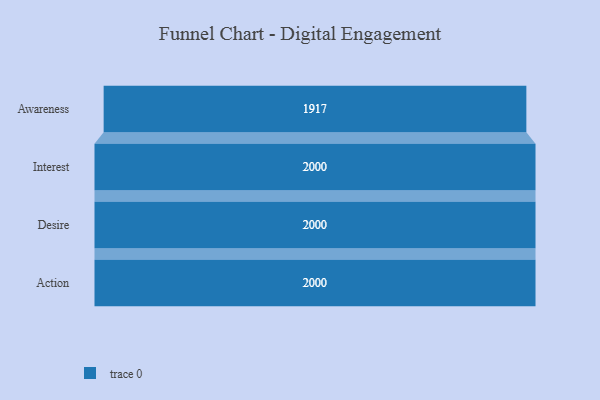
{"axis": {"x": "Stage", "y": "Value"}, "legend": [""], "data": [{"x": "Awareness", "y": 1917.0, "type": ""}, {"x": "Interest", "y": 2000, "type": ""}, {"x": "Desire", "y": 2000, "type": ""}, {"x": "Action", "y": 2000, "type": ""}]}